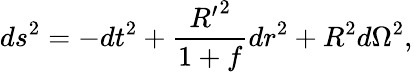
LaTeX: d{s^{2}}=-d{t^{2}}+{\frac{{R^{\prime}}^{2}}{1+f}}d{r^{2}}+{R^{2}}d{\Omega^{2}},